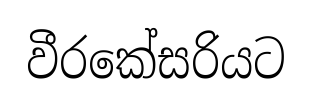
වීරකේසරියට